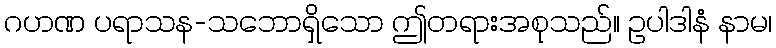
ဂဟဏ ပရာသန-သဘောရှိသော ဤတရားအစုသည်။ ဥပါဒါနံ နာမ၊